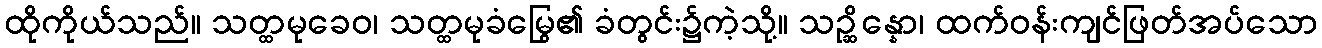
ထိုကိုယ်သည်။ သတ္ထမုခေဝ၊ သတ္ထမုခံမြွေ၏ ခံတွင်း၌ကဲ့သို့။ သဉ္ဆိန္နော၊ ထက်ဝန်းကျင်ဖြတ်အပ်သော